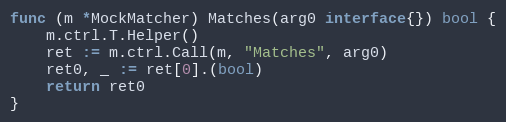
Language: Go
func (m *MockMatcher) Matches(arg0 interface{}) bool {
	m.ctrl.T.Helper()
	ret := m.ctrl.Call(m, "Matches", arg0)
	ret0, _ := ret[0].(bool)
	return ret0
}